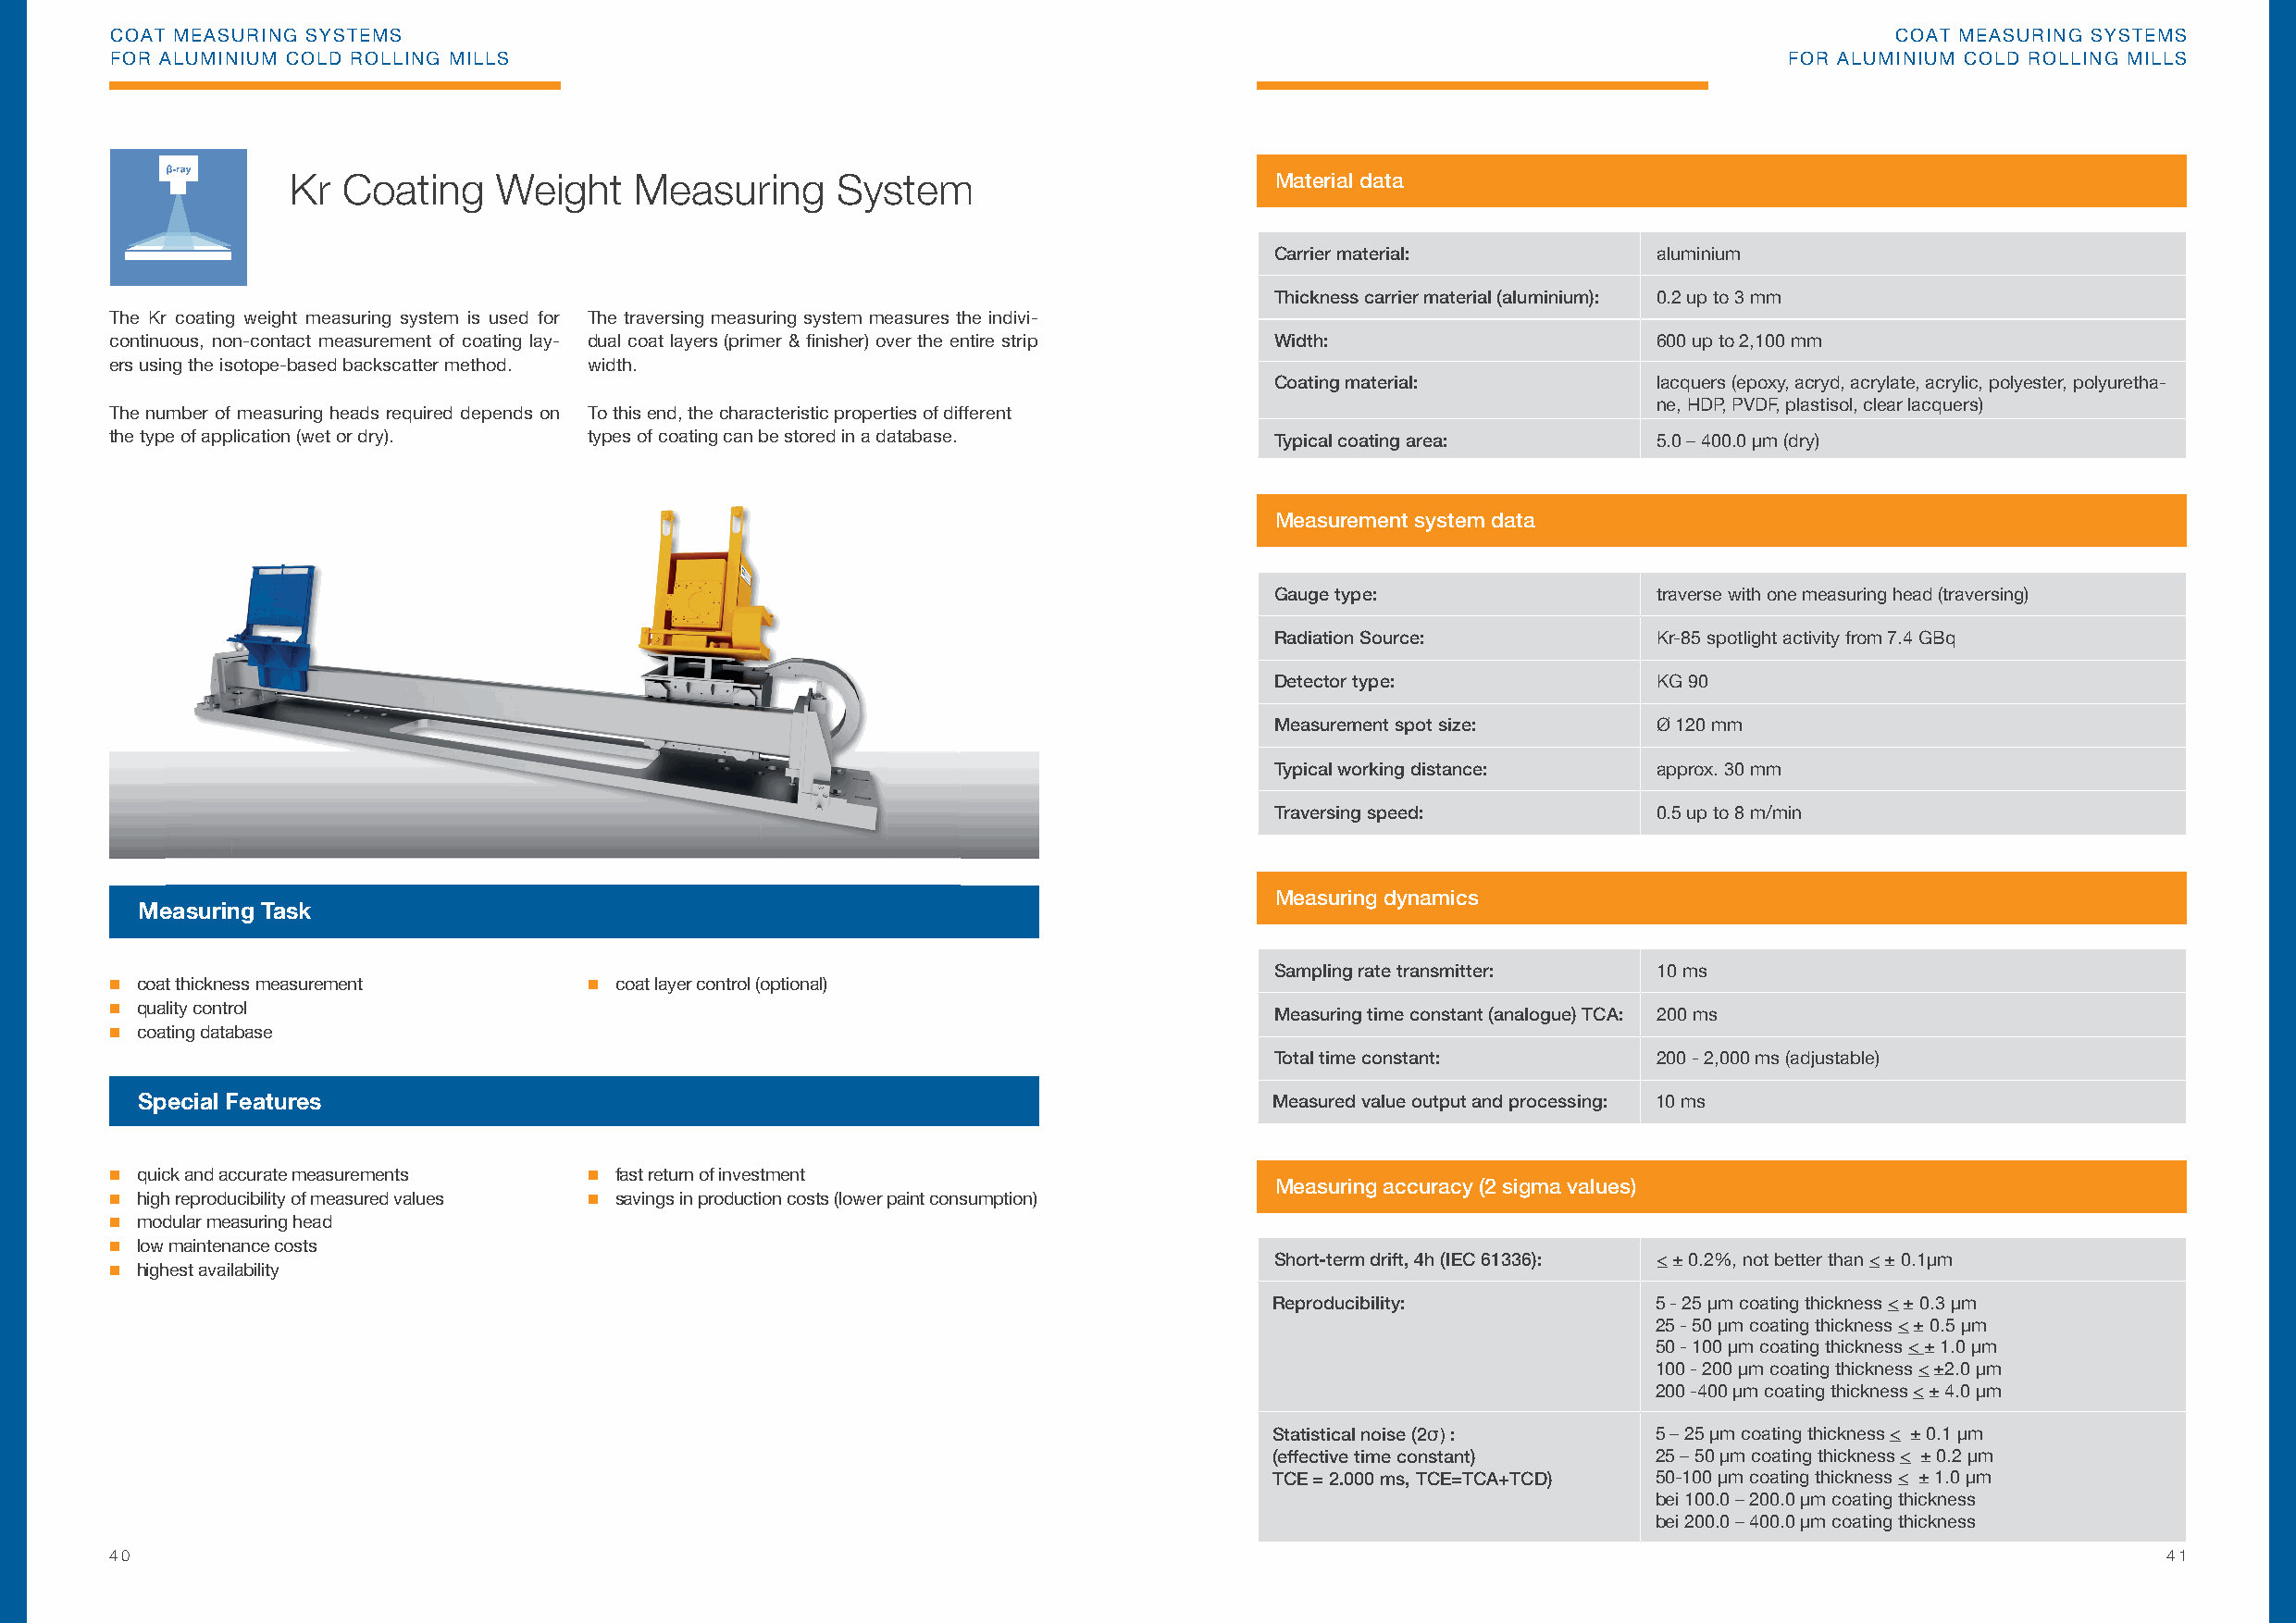
COAT MEASURING SYSTEMS                                                                                                          COAT MEASURING SYSTEMS
 FOR ALUMINIUM COLD ROLLING MILLS                                                                                        FOR ALUMINIUM COLD ROLLING MILLS
 Kr Coating     Weight   Measuring      System                         Material data
 Carrier material:           aluminium
 Thickness carrier material (aluminium): 0.2 up to 3 mm
 The Kr coating weight measuring system is used for The traversing measuring system measures the indivi-
 continuous, non-contact measurement of coating lay- dual coat layers (primer & fi nisher) over the entire strip Width: 600 up to 2,100 mm
 ers using the isotope-based backscatter method. width.
 Coating material:           lacquers (epoxy, acryd, acrylate, acrylic, polyester, polyuretha-
 ne, HDP, PVDF, plastisol, clear lacquers)
 The number of measuring heads required depends on To this end, the characteristic properties of different
 the type of application (wet or dry). types of coating can be stored in a database. Typical coating area:      5.0 – 400.0 µm (dry)
 Measurement system data
 Gauge type:                 traverse with one measuring head (traversing)
 Radiation Source:           Kr-85 spotlight activity from 7.4 GBq
 Detector type:              KG 90
 Measurement spot size:      Ø 120 mm
 Typical working distance:   approx. 30 mm
 Traversing speed:           0.5 up to 8 m/min
 Measuring dynamics
 Measuring Task
 Sampling rate transmitter:  10 ms
  coat thickness measurement       coat layer control (optional)
  quality control                                                                  Measuring time constant (analogue) TCA: 200 ms
  coating database
 Total time constant:        200 - 2,000 ms (adjustable)
 Special Features                                                                 Measured value output and processing: 10 ms
  quick and accurate measurements  fast return of investment
 Measuring accuracy (2 sigma values)
  high reproducibility of measured values  savings in production costs (lower paint consumption)
  modular measuring head
  low maintenance costs
 Short-term drift, 4h (IEC 61336): < ± 0.2%, not better than < ± 0.1µm
  highest availability
 Reproducibility:           5 - 25 µm coating thickness < ± 0.3 µm
 25 - 50 µm coating thickness < ± 0.5 µm
 50 - 100 µm coating thickness < ± 1.0 µm
 100 - 200 µm coating thickness < ±2.0 µm
 200 -400 µm coating thickness < ± 4.0 µm
 Statistical noise (2σ) :   5 – 25 µm coating thickness < ± 0.1 µm
 (effective time constant)  25 – 50 µm coating thickness < ± 0.2 µm
 TCE = 2.000 ms, TCE=TCA+TCD) 50-100 µm coating thickness < ± 1.0 µm
 bei 100.0 – 200.0 µm coating thickness
 bei 200.0 – 400.0 µm coating thickness
 40                                                                                                                                                 41